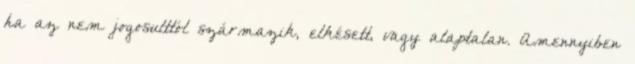
ha az nem jogosulttól származik, elkésett, vagy alaptalan. Amennyiben